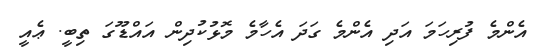
އެންމެ ފުރިހަމަ އަދި އެންމެ ގަދަ އެހާމެ މޮޅުކުދިން އައްޑޫގަ ތިބީ. ޢެއީ